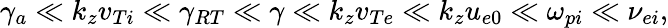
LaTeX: \gamma_{a}\ll k_{z}v_{Ti}\ll\gamma_{RT}\ll\gamma\ll k_{z}v_{Te}\ll k_{z}u_{e0}\ll\omega_{pi}\ll\nu_{ei},